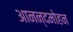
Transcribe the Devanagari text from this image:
आनन्दमोहन